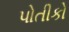
પોતીકો